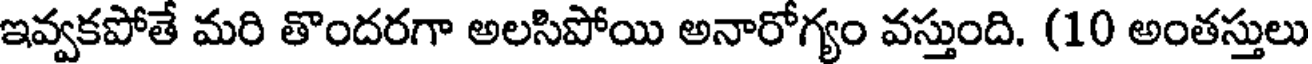
ఇవ్వకపోతే మరి తొందరగా అలసిపోయి అనారోగ్యం వస్తుంది. (10 అంతస్తులు